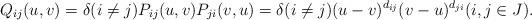
LaTeX: \begin{align*}Q_{ij}(u,v) = \delta(i\not=j)P_{ij}(u,v)P_{ji}(v,u)=\delta(i\not=j)(u-v)^{d_{ij}}(v-u)^{d_{ji}} (i,j \in J).\end{align*}